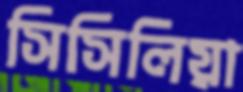
সিসিলিয়া